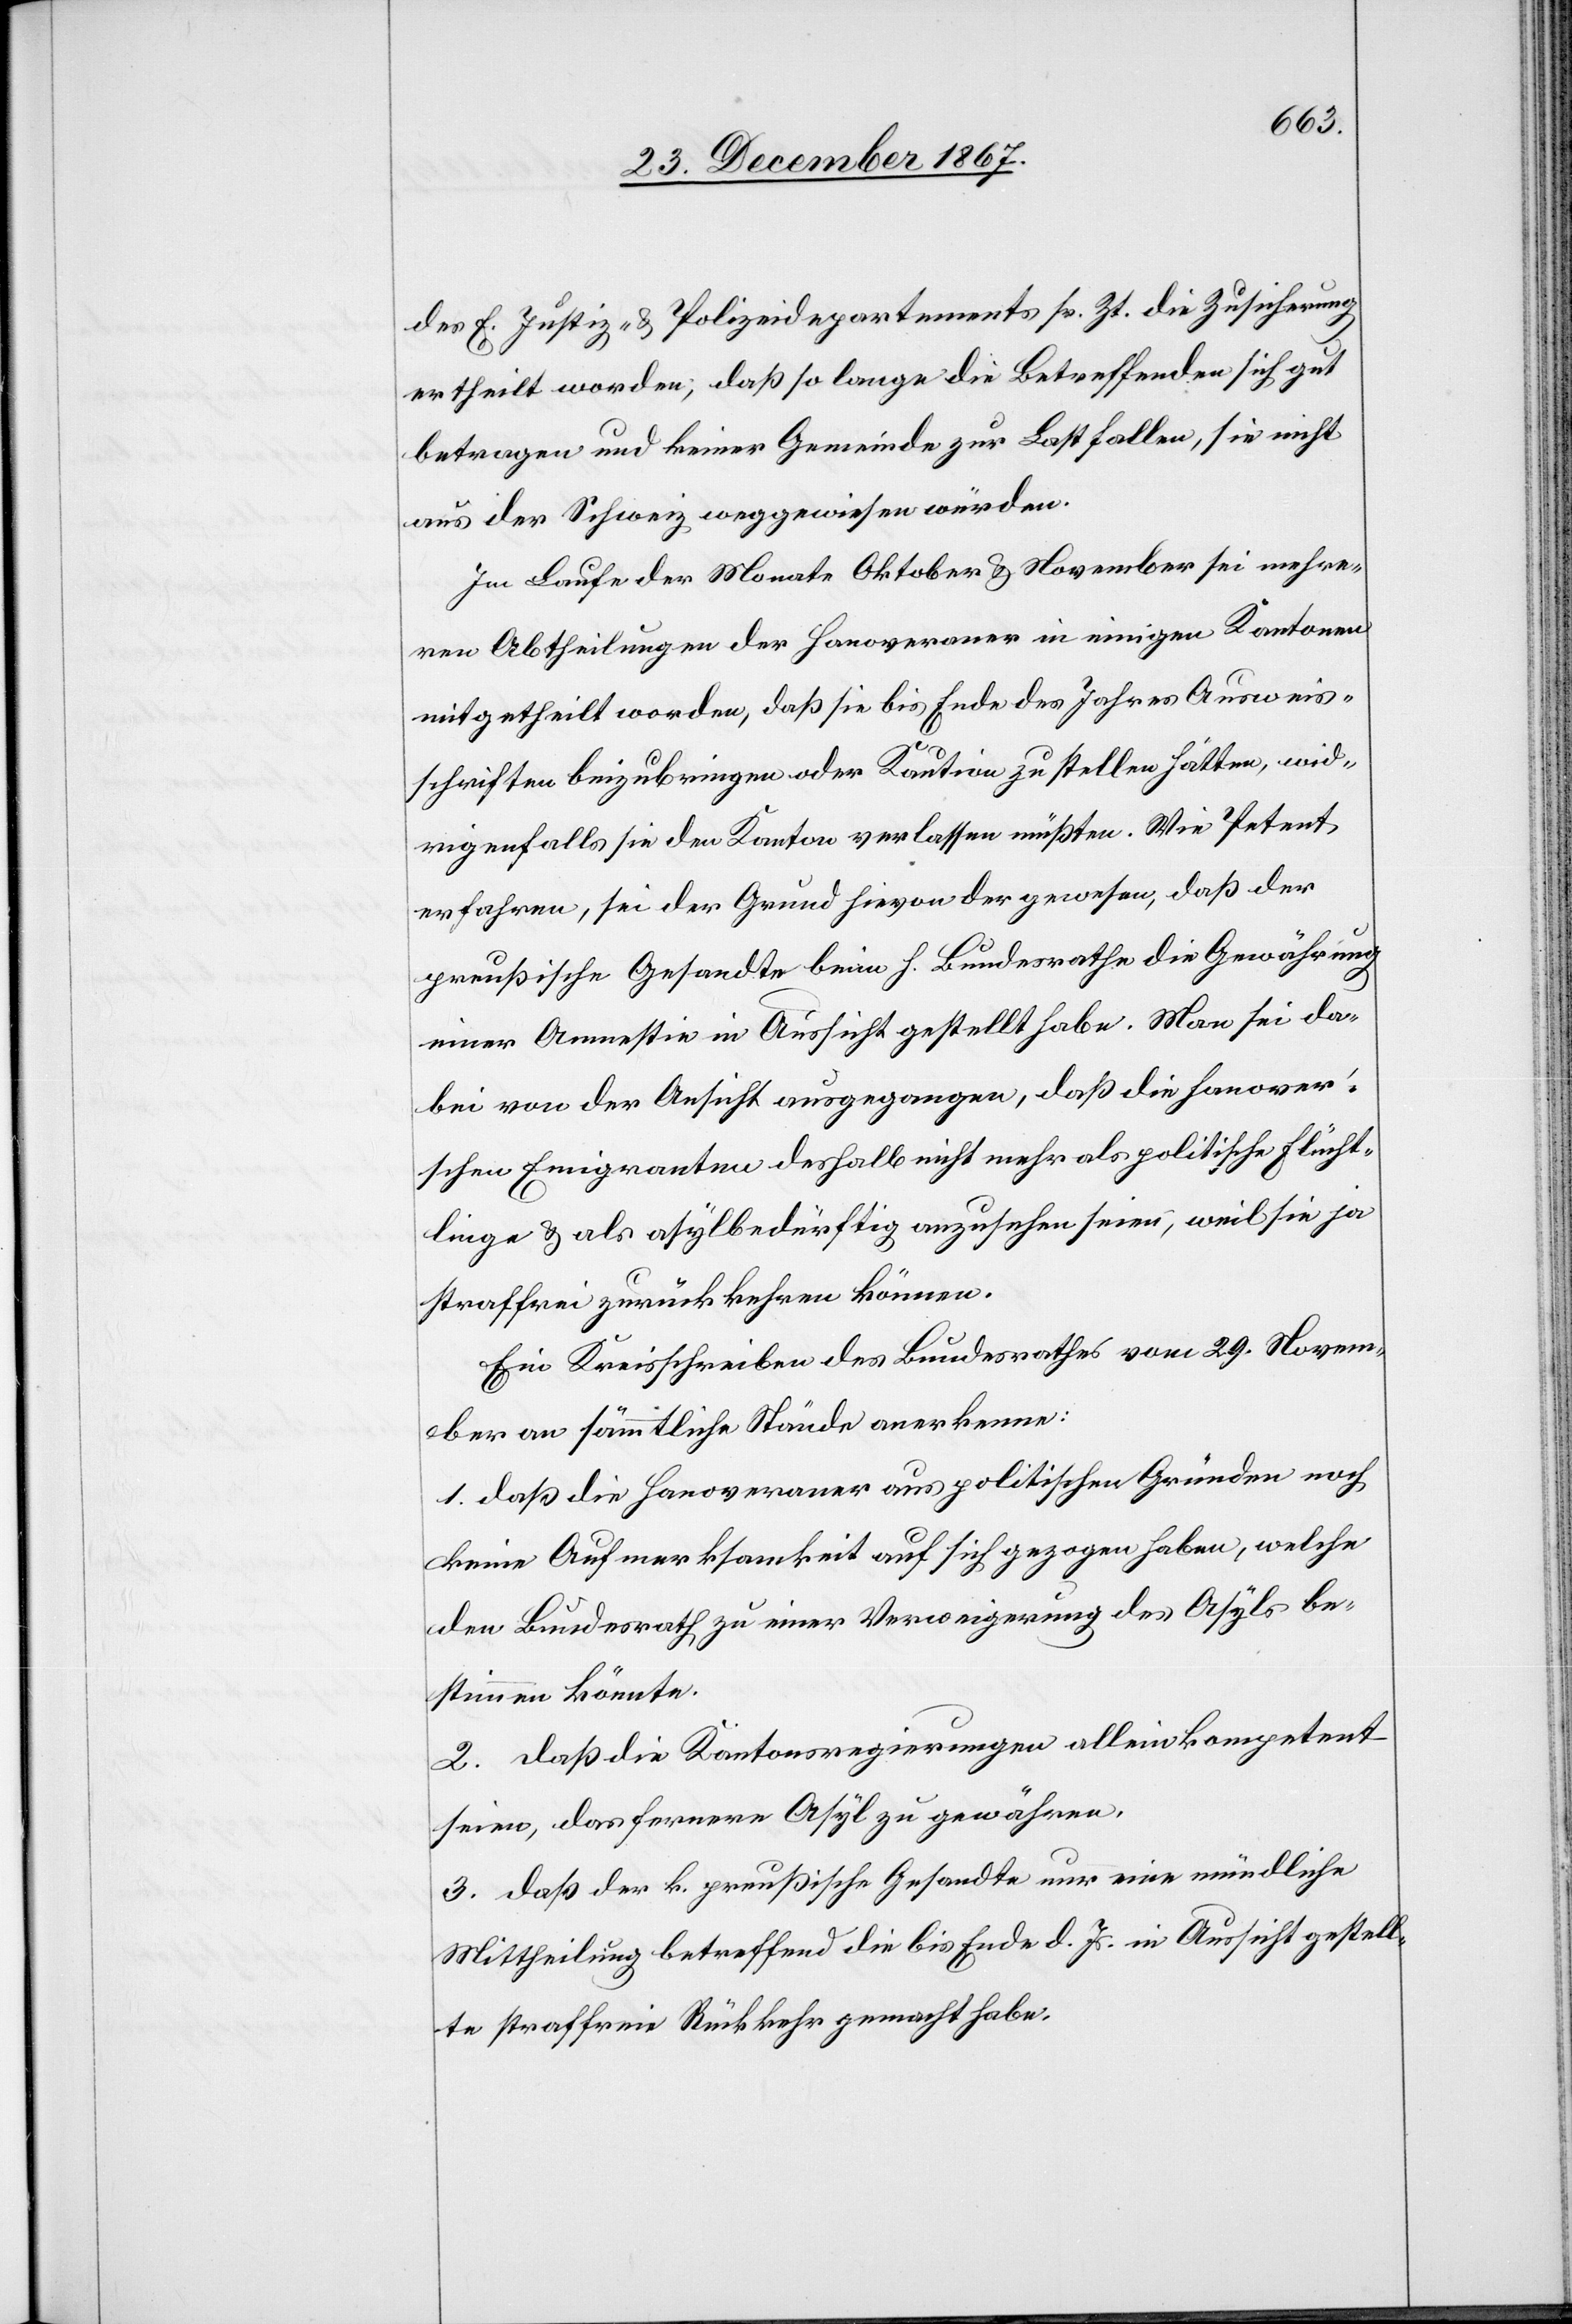
des E. Justiz- u. Polizeidepartements sr. Zt. die Zusicherung
ertheilt worden, daß so lange die Betreffenden sich gut
betragen und keiner Gemeinde zur Last fallen, sie nicht
aus der Schweiz weggewiesen würden.
Im Laufe der Monate Oktober u. November sei mehre¬
ren Abtheilungen der Hanoveraner in einigen Kantonen
mitgetheilt worden, daß sie bis Ende des Jahres Ausweis¬
schriften beizubringen oder Kaution zu stellen hätten, wid¬
rigenfalls sie den Kanton verlassen müßten. Wie Petent
erfahren, sei der Grund hievon der gewesen, daß der
preußische Gesandte beim h. Bundesrathe die Gewährung
einer Amnestie in Aussicht gestellt habe. Man sei da¬
bei von der Ansicht ausgegangen, daß die hanover’s¬
chen Emigranten deshalb nicht mehr als politische Flücht¬
linge u. als asylbedürftige anzusehen seien, weil sie ja
straffrei zurückkehren können.
Ein Kreisschreiben des Bundesrathes vom 29. Novem¬
ber an sämmtliche Stände anerkenne:
1. daß die Hanoveraner aus politischen Gründen noch
keine Aufmerksamkeit auf sich gezogen haben, welche
den Bundesrath zu einer Verweigerung des Asyls be¬
stimmen könnte.
2. daß die Kantonsregierungen allein kompetent
seien, das fernere Asyl zu gewähren.
3. daß der k. preußische Gesandte nur eine mündliche
Mittheilung betreffend die bis Ende d. Js. in Aussicht gestell¬
te straffreie Rückkehr gemacht habe.